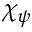
\chi _ { \psi }